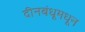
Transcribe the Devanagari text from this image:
दीनबंधूमधून